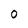
Character: O